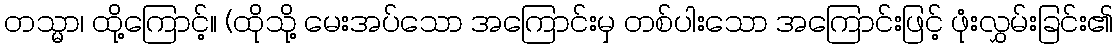
တသ္မာ၊ ထို့ကြောင့်။ (ထိုသို့ မေးအပ်သော အကြောင်းမှ တစ်ပါးသော အကြောင်းဖြင့် ဖုံးလွှမ်းခြင်း၏